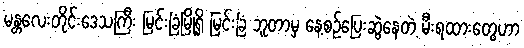
မန္တလေးတိုင်းဒေသကြီး မြင်းခြံမြို့ရှိ မြင်းခြံ ဘူတာမှ နေ့စဉ်ပြေးဆွဲနေတဲ့ မီးရထားတွေဟာ